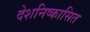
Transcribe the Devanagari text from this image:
देशनिष्कासित